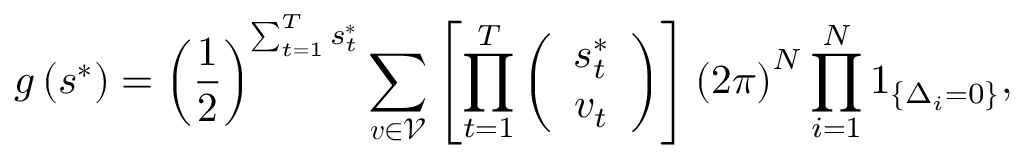
g \left( \boldsymbol { s } ^ { * } \right) = \left( \frac { 1 } { 2 } \right) ^ { \sum _ { t = 1 } ^ { T } s _ { t } ^ { * } } \sum _ { \boldsymbol { v } \in \mathcal { V } } \left[ \prod _ { t = 1 } ^ { T } \left( \begin{array} { c } { s _ { t } ^ { * } } \\ { v _ { t } } \end{array} \right) \right] \left( 2 \pi \right) ^ { N } \prod _ { i = 1 } ^ { N } \boldsymbol { 1 } _ { \left\{ \Delta _ { i } = 0 \right\} } ,